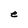
Character: e